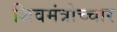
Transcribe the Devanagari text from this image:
शिवमंत्रोच्चार